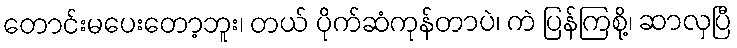
တောင်းမပေးတော့ဘူး၊ တယ် ပိုက်ဆံကုန်တာပဲ၊ ကဲ ပြန်ကြစို့၊ ဆာလှပြီ